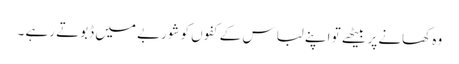
وہ کھانے پر بیٹھے تو اپنے لباس کے کفوں کو شوربے میں ڈبوتے رہے ۔